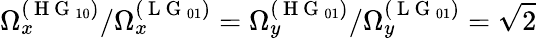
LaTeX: \Omega_{x}^{(\mathrm{~H~G~}_{10})}/\Omega_{x}^{(\mathrm{~L~G~}_{01})}=\Omega_{y}^{(\mathrm{~H~G~}_{01})}/\Omega_{y}^{(\mathrm{~L~G~}_{01})}=\sqrt{2}